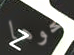
نحوها